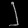
Digit: ၂